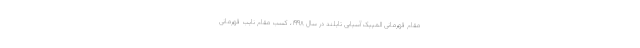
مقام قهرمانی المپیک آسیایی تایلند در سال ۱۹۹۸، کسب مقام نایب قهرمانی